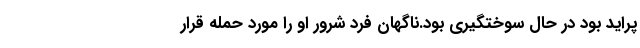
پراید بود در حال سوختگیری بود.ناگهان فرد شرور او را مورد حمله قرار